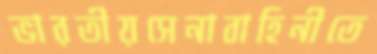
ভারতীয়সেনাবাহিনীতে